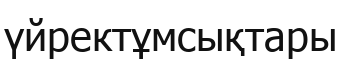
үйректұмсықтары